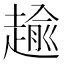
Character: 𧼯